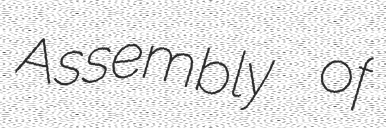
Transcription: Assembly of